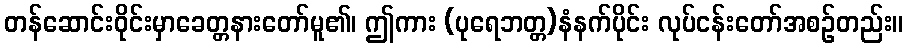
တန်ဆောင်းဝိုင်းမှာခေတ္တနားတော်မူ၏၊ ဤကား (ပုရေဘတ္တ)နံနက်ပိုင်း လုပ်ငန်းတော်အစဉ်တည်း။